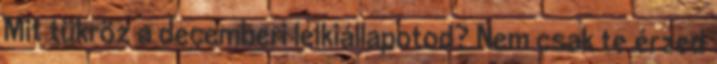
Mit tükröz a decemberi lelkiállapotod? Nem csak te érzed